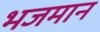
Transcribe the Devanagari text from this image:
भजमान